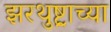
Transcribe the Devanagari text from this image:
झरथुष्ट्राच्या